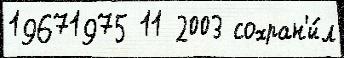
19671975 11 2003 сохран'и́л